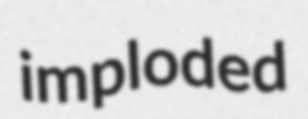
imploded